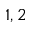
1 , 2